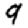
Digit: 9